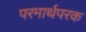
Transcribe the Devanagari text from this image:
परमार्थपरक